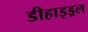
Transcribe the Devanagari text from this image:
डीहाइड्रल